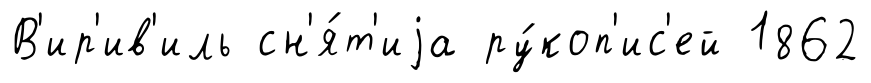
В'ир'ив'иль сн'я́т'иjа ру́коп'ис'ей 1862